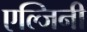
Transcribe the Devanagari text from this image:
एल्जिनी